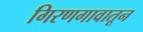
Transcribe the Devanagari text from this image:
गिरणगावातून